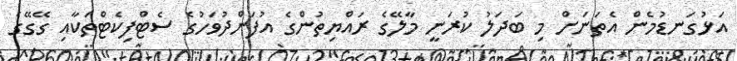
އަޅުގަނޑުމެން އެތަނަށް މި ބަދަލު ކުރަނީ މާލޭގެ ރައްޔިތުންގެ އުފަންދުވަހުގެ ސެޓްފިކެޓްތަކާއި ގޭގޭގެ